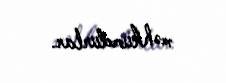
məhkumdurlar.